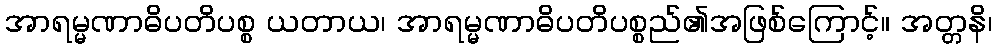
အာရမ္မဏာဓိပတိပစ္စ ယတာယ၊ အာရမ္မဏာဓိပတိပစ္စည်၏အဖြစ်ကြောင့်။ အတ္တနိ၊